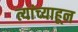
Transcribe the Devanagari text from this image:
त्यांच्याहून